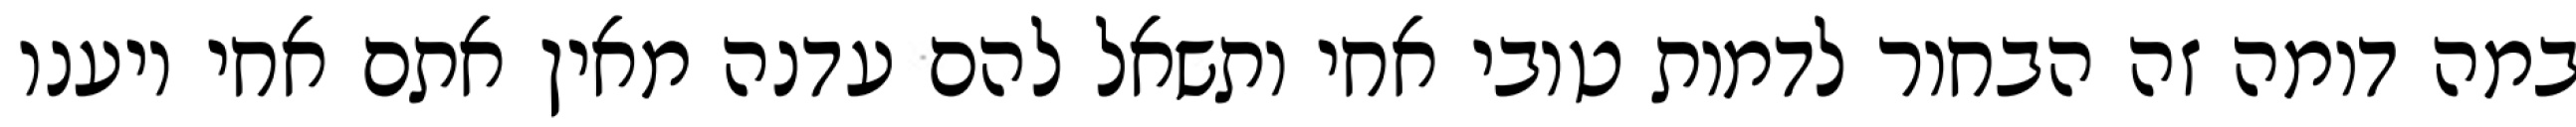
במה דומה זה הבחור לדמות טובי אחי ותשאל להם עדנה מאין אתם אחי ויענו